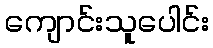
ကျောင်းသူပေါင်း